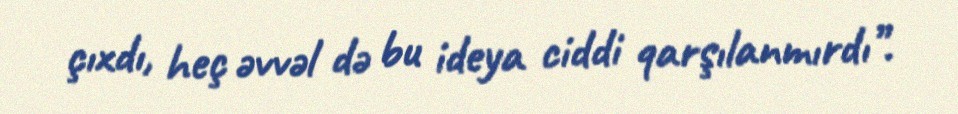
çıxdı, heç əvvəl də bu ideya ciddi qarşılanmırdı”.